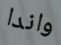
واندا